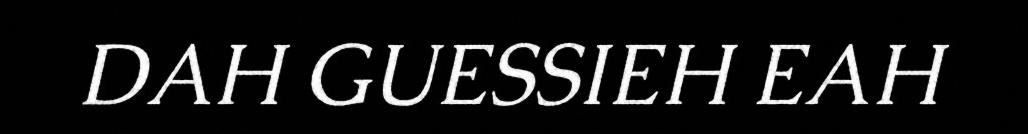
DAH GUESSIEH EAH